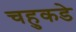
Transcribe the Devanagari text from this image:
चहुकडे